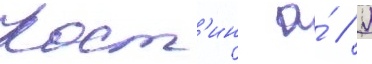
Кост'ин а́ // Л